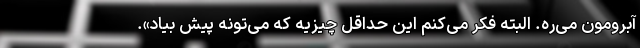
آبرومون می‌ره. البته فکر می‌کنم این حداقل چیزیه که می‌تونه پیش بیاد».